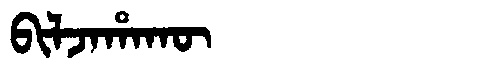
Manchu: ᠪᡳᠯᠵᠠᡥᠠᡴᡡ
Romanization: BILJAHAKŪ